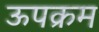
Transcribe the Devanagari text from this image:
ऊपक्रम